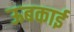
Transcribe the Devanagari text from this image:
ऊबकाई